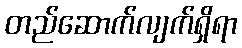
တည်ဆောက်လျက်ရှိရာ